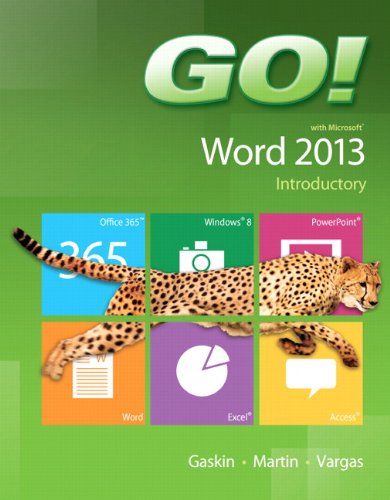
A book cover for GO! with Microsoft Word 2013 Introductory; Shelley Gaskin; Computers & Technology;